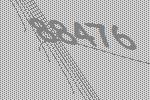
88476